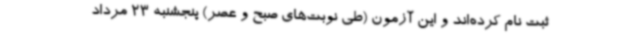
ثبت نام کرده‌اند و این آزمون (طی نوبت‌های صبح و عصر) پنجشنبه 23 مرداد